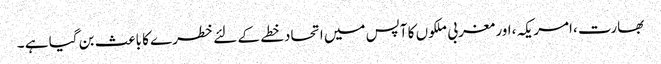
بھارت ،امریکہ ،اور مغربی ملکوں کا آپس میں اتحادخطے کے لئے خطرے کا باعث بن گیا ہے ۔